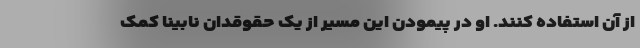
از آن استفاده کنند. او در پیمودن این مسیر از یک حقوقدان نابینا کمک